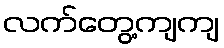
လက်တွေ့ကျကျ